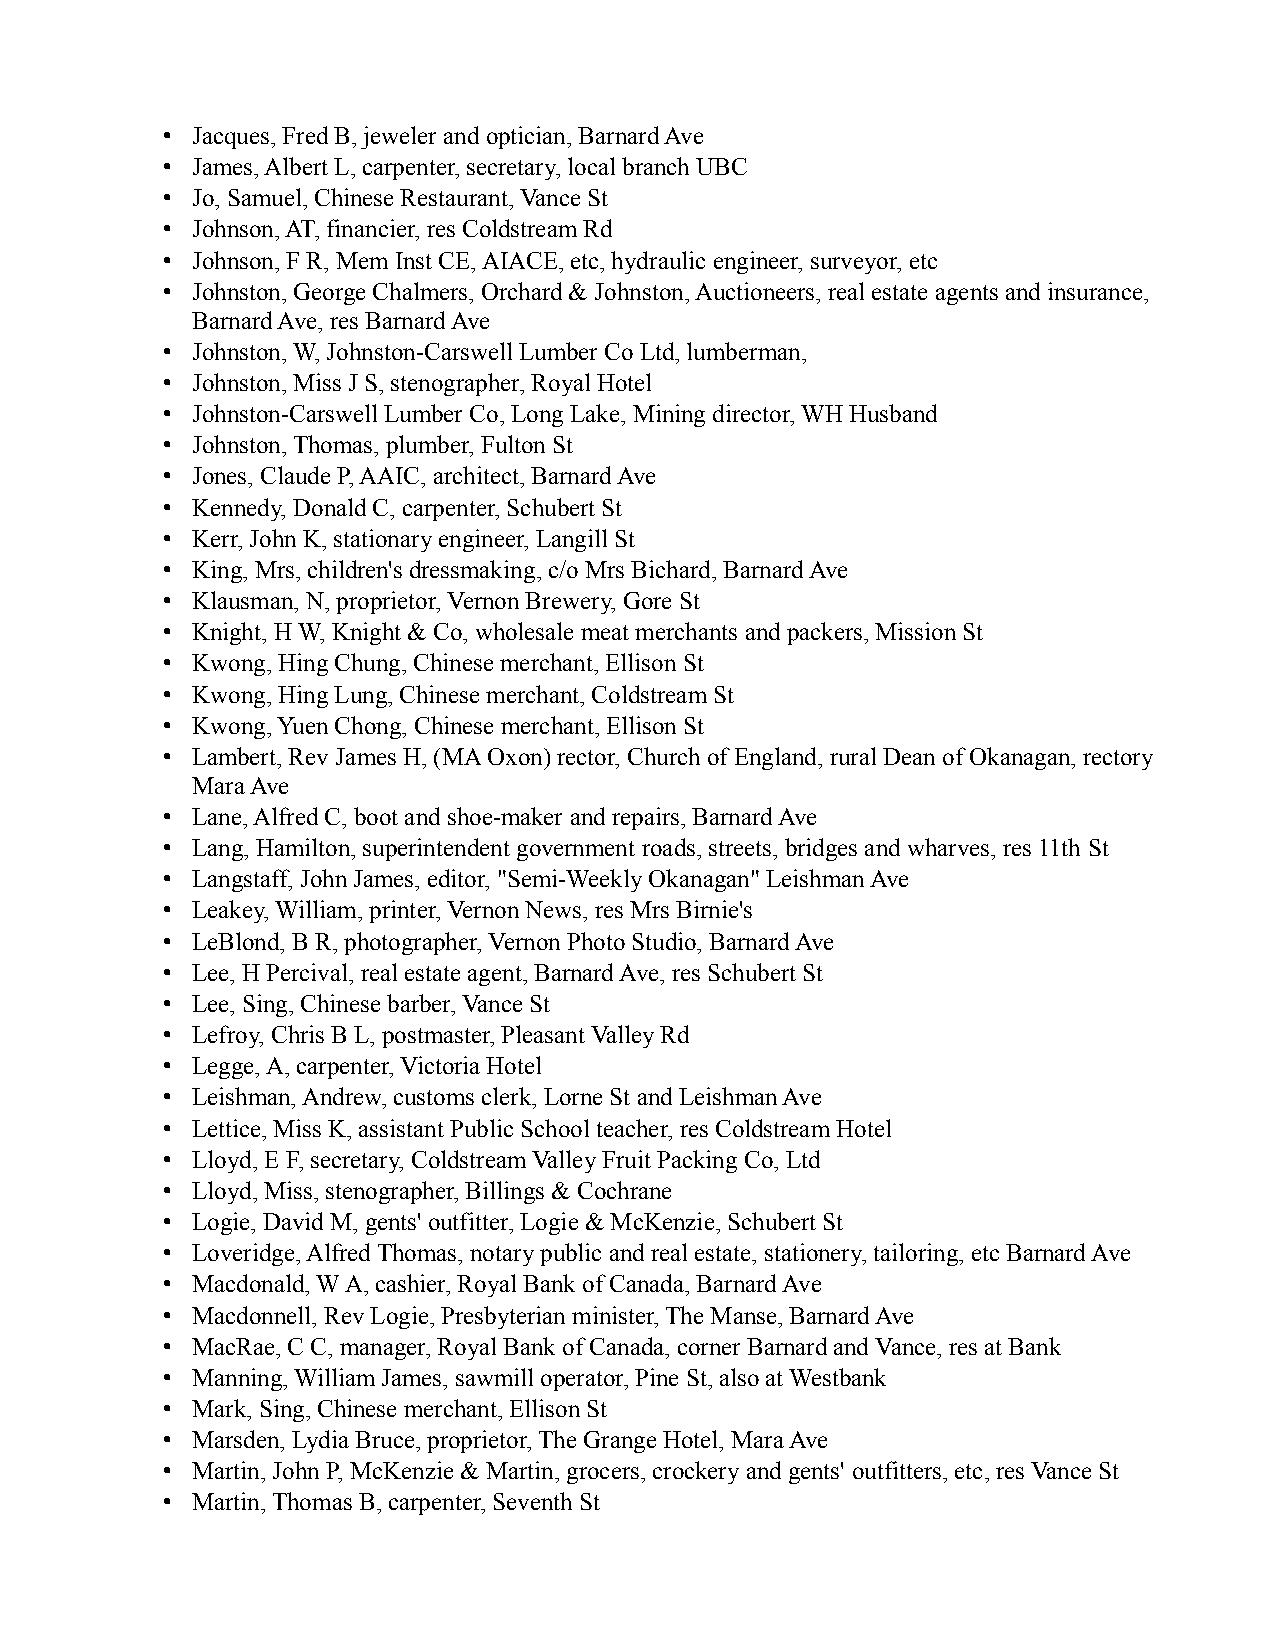
• Jacques, Fred B, jeweler and optician, Barnard Ave
 • James, Albert L, carpenter, secretary, local branch UBC
 • Jo, Samuel, Chinese Restaurant, Vance St
 • Johnson, AT, financier, res Coldstream Rd
 • Johnson, F R, Mem Inst CE, AIACE, etc, hydraulic engineer, surveyor, etc
 • Johnston, George Chalmers, Orchard & Johnston, Auctioneers, real estate agents and insurance,
 Barnard Ave, res Barnard Ave
 • Johnston, W, Johnston-Carswell Lumber Co Ltd, lumberman,
 • Johnston, Miss J S, stenographer, Royal Hotel
 • Johnston-Carswell Lumber Co, Long Lake, Mining director, WH Husband
 • Johnston, Thomas, plumber, Fulton St
 • Jones, Claude P, AAIC, architect, Barnard Ave
 • Kennedy, Donald C, carpenter, Schubert St
 • Kerr, John K, stationary engineer, Langill St
 • King, Mrs, children's dressmaking, c/o Mrs Bichard, Barnard Ave
 • Klausman, N, proprietor, Vernon Brewery, Gore St
 • Knight, H W, Knight & Co, wholesale meat merchants and packers, Mission St
 • Kwong, Hing Chung, Chinese merchant, Ellison St
 • Kwong, Hing Lung, Chinese merchant, Coldstream St
 • Kwong, Yuen Chong, Chinese merchant, Ellison St
 • Lambert, Rev James H, (MA Oxon) rector, Church of England, rural Dean of Okanagan, rectory
 Mara Ave
 • Lane, Alfred C, boot and shoe-maker and repairs, Barnard Ave
 • Lang, Hamilton, superintendent government roads, streets, bridges and wharves, res 11th St
 • Langstaff, John James, editor, "Semi-Weekly Okanagan" Leishman Ave
 • Leakey, William, printer, Vernon News, res Mrs Birnie's
 • LeBlond, B R, photographer, Vernon Photo Studio, Barnard Ave
 • Lee, H Percival, real estate agent, Barnard Ave, res Schubert St
 • Lee, Sing, Chinese barber, Vance St
 • Lefroy, Chris B L, postmaster, Pleasant Valley Rd
 • Legge, A, carpenter, Victoria Hotel
 • Leishman, Andrew, customs clerk, Lorne St and Leishman Ave
 • Lettice, Miss K, assistant Public School teacher, res Coldstream Hotel
 • Lloyd, E F, secretary, Coldstream Valley Fruit Packing Co, Ltd
 • Lloyd, Miss, stenographer, Billings & Cochrane
 • Logie, David M, gents' outfitter, Logie & McKenzie, Schubert St
 • Loveridge, Alfred Thomas, notary public and real estate, stationery, tailoring, etc Barnard Ave
 • Macdonald, W A, cashier, Royal Bank of Canada, Barnard Ave
 • Macdonnell, Rev Logie, Presbyterian minister, The Manse, Barnard Ave
 • MacRae, C C, manager, Royal Bank of Canada, corner Barnard and Vance, res at Bank
 • Manning, William James, sawmill operator, Pine St, also at Westbank
 • Mark, Sing, Chinese merchant, Ellison St
 • Marsden, Lydia Bruce, proprietor, The Grange Hotel, Mara Ave
 • Martin, John P, McKenzie & Martin, grocers, crockery and gents' outfitters, etc, res Vance St
 • Martin, Thomas B, carpenter, Seventh St